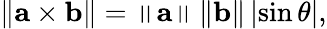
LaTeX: \left\| \mathbf{a}\times\mathbf{b}\right\| =\left\| \mathbf{a}\right\| \left\| \mathbf{b}\right\| \left|\sin\theta\right|,